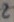
Text: 2